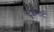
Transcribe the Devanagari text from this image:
स्टुर्टगार्ट